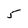
Character: 5